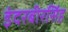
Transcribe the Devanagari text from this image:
इंदरबीरसिंह